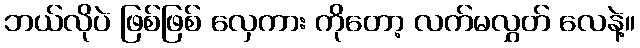
ဘယ်လိုပဲ ဖြစ်ဖြစ် လှေကား ကိုတော့ လက်မလွှတ် လေနဲ့။